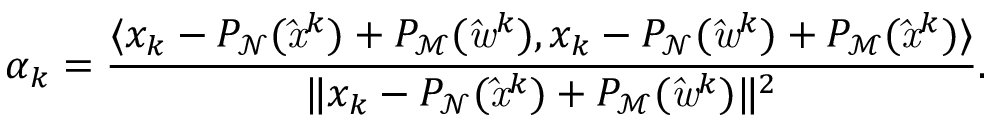
\alpha _ { k } = \frac { \langle x _ { k } - P _ { \mathrm { \mathcal { N } } } ( \mathit { \hat { x } } ^ { k } ) + P _ { \mathrm { \mathcal { M } } } ( \mathit { \hat { w } } ^ { k } ) , x _ { k } - P _ { \mathrm { \mathcal { N } } } ( \mathit { \hat { w } } ^ { k } ) + P _ { \mathrm { \mathcal { M } } } ( \mathit { \hat { x } } ^ { k } ) \rangle } { \| x _ { k } - P _ { \mathrm { \mathcal { N } } } ( \mathit { \hat { x } } ^ { k } ) + P _ { \mathrm { \mathcal { M } } } ( \mathit { \hat { w } } ^ { k } ) \| ^ { 2 } } .